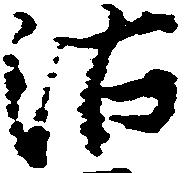
沽